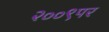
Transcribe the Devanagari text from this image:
२००९पर